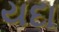
યદા